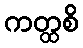
ကတ္ထစိ